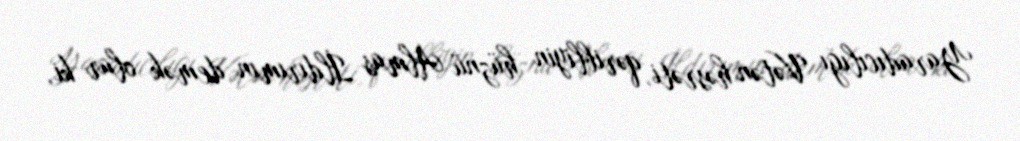
Yaradıcılığı Vətən həsrəti, qəribliyin hüznü Almas İldırımın demək olar ki,